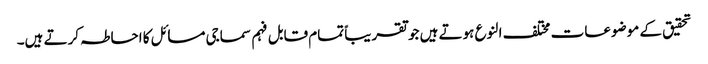
تحقیق کے موضوعات مختلف النوع ہوتے ہیں جو تقریباً تمام قابل فہم سماجی مسائل کا احاطہ کرتے ہیں۔